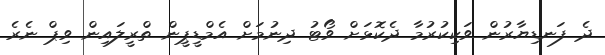
ދެ ފަނޑިޔާރުން ވަކިކުރުމާ ދެކޮޅަށް ވޯޓު ދިނުމަށް އެމްޑީޕީން ތްރީލައިން ވިޕް ނެރެ